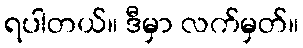
ရပါတယ်။ ဒီမှာ လက်မှတ်။